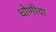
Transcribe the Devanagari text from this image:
धोणीचा